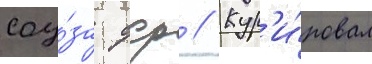
соу́за сср // Кур'и́ровал